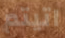
اتيتم